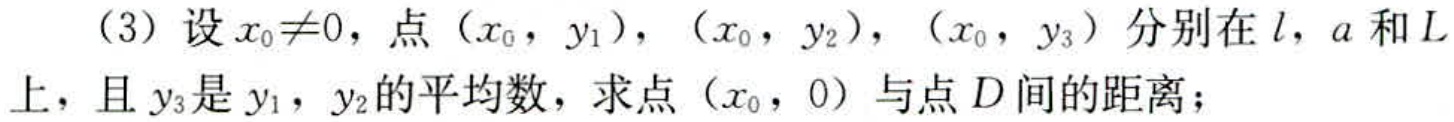
（3）设$x_{0}\neq0$，点$(x_{0},y_{1})$，$(x_{0},y_{2})$，$(x_{0},y_{3})$分别在$l$，$a$和$L$上，且$y_{3}$是$y_{1}$，$y_{2}$的平均数，求点$(x_{0},0)$与点$D$间的距离；